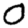
Digit: 0